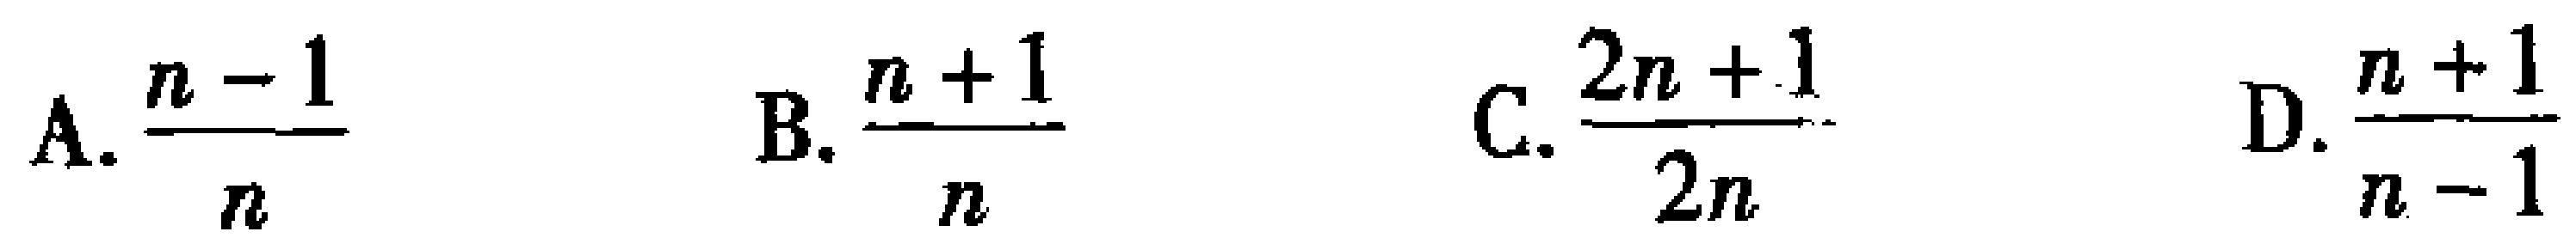
A. $\frac{n - 1}{n}$  B. $\frac{n + 1}{n}$  C. $\frac{2n + 1}{2n}$  D. $\frac{n + 1}{n - 1}$